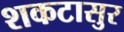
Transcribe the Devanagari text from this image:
शकटासुर